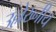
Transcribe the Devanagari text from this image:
उल्लेख्नीय